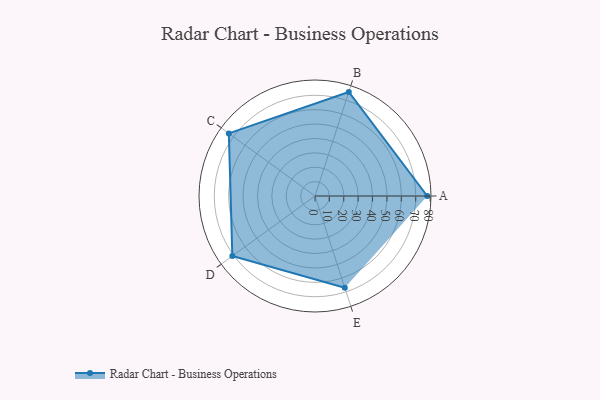
{"axis": {"x": "Skill", "y": "Score"}, "legend": ["Profile"], "data": [{"x": "A", "y": 78.0, "type": "Profile"}, {"x": "B", "y": 76.0, "type": "Profile"}, {"x": "C", "y": 74.0, "type": "Profile"}, {"x": "D", "y": 71.0, "type": "Profile"}, {"x": "E", "y": 67.0, "type": "Profile"}]}